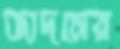
জাদসের